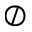
\oslash